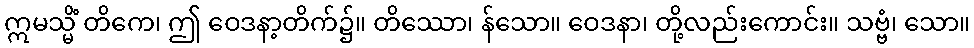
ဣမသ္မိံ တိကေ၊ ဤ ဝေဒနာ့တိက်၌။ တိဿော၊ န်သော။ ဝေဒနာ၊ တို့လည်းကောင်း။ သဗ္ဗံ၊ သော။